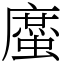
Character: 䗪